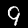
Label: 9